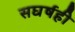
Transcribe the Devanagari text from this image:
सघर्षही